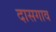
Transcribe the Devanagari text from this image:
दासगाव